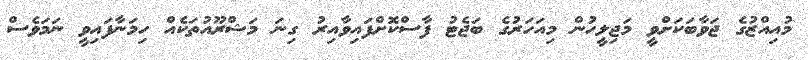
މުއިއްޒުގެ ޖަވާބަކަށްވީ މަޖިލީހުން މިއަހަރުގެ ބަޖެޓު ފާސްކޮށްފައިވާއިރު ގިނަ މަޝްރޫއުތަކެއް ހިމަނާފައިވީ ނަމަވެސް